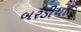
બરડીયા